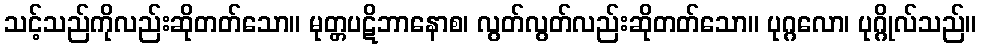
သင့်သည်ကိုလည်းဆိုတတ်သော။ မုတ္တပဋိဘာနောစ၊ လွတ်လွတ်လည်းဆိုတတ်သော။ ပုဂ္ဂလော၊ ပုဂ္ဂိုလ်သည်။